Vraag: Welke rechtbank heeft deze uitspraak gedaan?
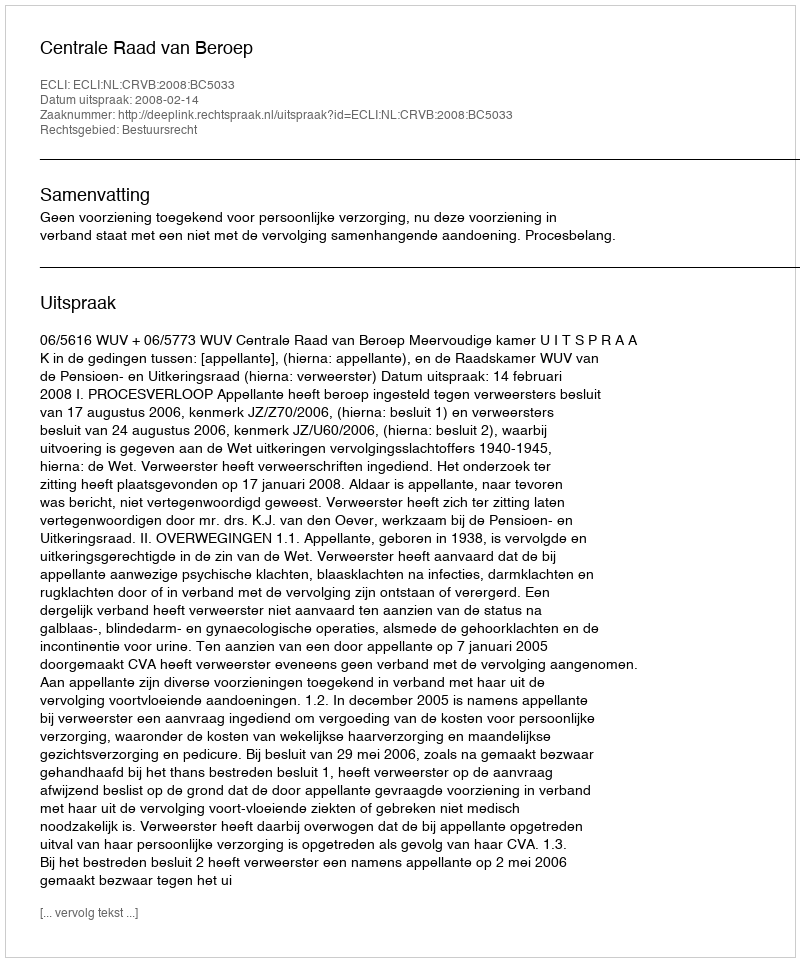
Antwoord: Centrale Raad van Beroep